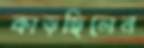
কাড়ছিলেন